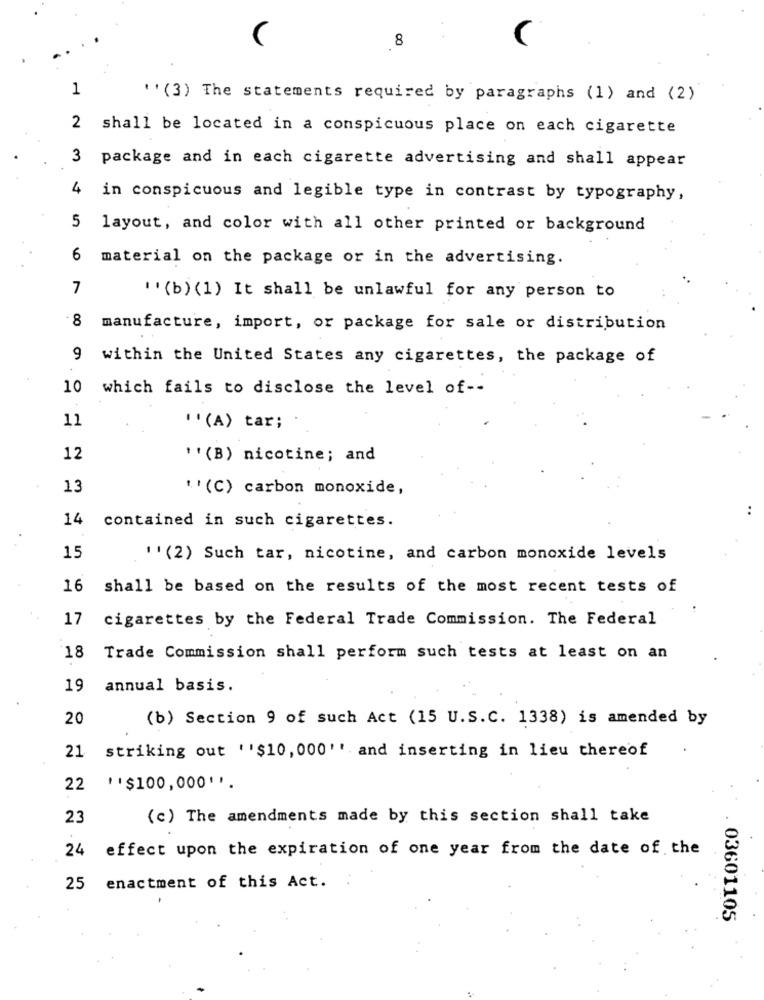
8
1
''(3) The statements required by paragraphs (1) and (2)
2 shall be located in a conspicuous place on each cigarette
3 package and in each cigarette advertising and shall appear
4 in conspicuous and legible type in contrast by typography,
5 layout, and color with all other printed or background
6 material on the package or in the advertising.
7
''(b) (1) It shall be unlawful for any person to
8 manufacture, import, or package for sale or distribution
9 within the United States any cigarettes, the package of
10 which fails to disclose the level of --
11
''(A) tar;
12
''(B) nicotine; and
13
''(C) carbon monoxide,
..
14
contained in such cigarettes.
15
''(2) Such tar, nicotine, and carbon monoxide levels
16 shall be based on the results of the most recent tests of
17
cigarettes by the Federal Trade Commission. The Federal
18
Trade Commission shall perform such tests at least on an
19 annual basis.
20
(b) Section 9 of such Act (15 U.S.C. 1338) is amended by
21
striking out ''$10, 000'' and inserting in lieu thereof
22
''$100,000' '.
23
(c) The amendments made by this section shall take
24
effect upon the expiration of one year from the date of the
25 enactment of this Act.
. 03601105